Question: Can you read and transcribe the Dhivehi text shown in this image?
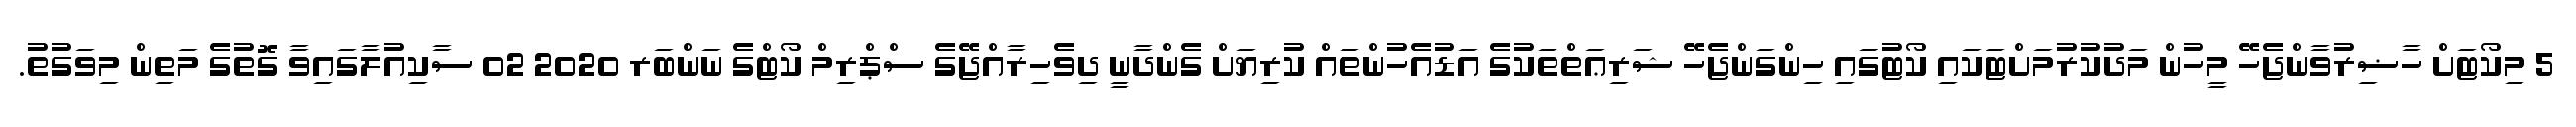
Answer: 5 މިކޯޓަށް ހާޟިރުވާންޖެހޭ މީހުން މަދުކުރުމަށްޓަކައި ކޯޓުގައި ހިންގަންޖެހޭ ޝަރިޢަތްތަކުގެ އަޑުއެހުންތައް ކުރިޔަށް ގެންދާނީ ދިވެހިރާއްޖޭގެ ސްޕްރިމް ކޯޓްގެ ނަންބަރ 2020 02 ސާކިއުލާގައިވާ ގޮތުގެ މަތިން މިވަގުތު.